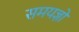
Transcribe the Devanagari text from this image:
समयज्ञो